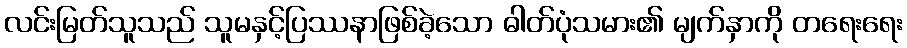
လင်းမြတ်သူသည် သူမနှင့်ပြဿနာဖြစ်ခဲ့သော ဓါတ်ပုံသမား၏ မျက်နှာကို တရေးရေး